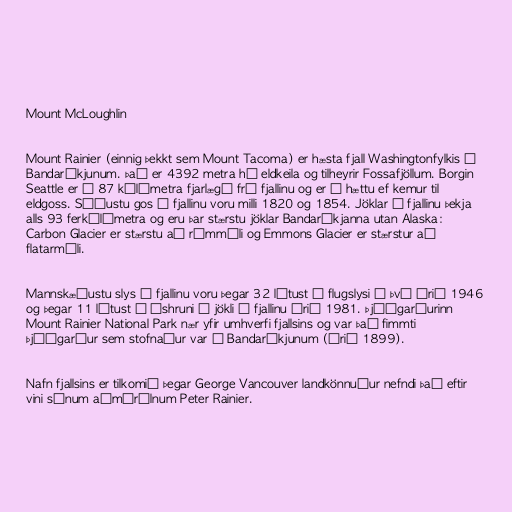
Mount McLoughlin

Mount Rainier (einnig þekkt sem Mount Tacoma) er hæsta fjall Washingtonfylkis í
Bandaríkjunum. Það er 4392 metra há eldkeila og tilheyrir Fossafjöllum. Borgin
Seattle er í 87 kílómetra fjarlægð frá fjallinu og er í hættu ef kemur til
eldgoss. Síðustu gos í fjallinu voru milli 1820 og 1854. Jöklar á fjallinu þekja
alls 93 ferkílómetra og eru þar stærstu jöklar Bandaríkjanna utan Alaska:
Carbon Glacier er stærstu að rúmmáli og Emmons Glacier er stærstur að
flatarmáli.

Mannskæðustu slys á fjallinu voru þegar 32 létust í flugslysi á því árið 1946
og þegar 11 létust í íshruni á jökli á fjallinu árið 1981. Þjóðgarðurinn
Mount Rainier National Park nær yfir umhverfi fjallsins og var það fimmti
þjóðgarður sem stofnaður var í Bandaríkjunum (árið 1899).

Nafn fjallsins er tilkomið þegar George Vancouver landkönnuður nefndi það eftir
vini sínum aðmírálnum Peter Rainier.